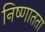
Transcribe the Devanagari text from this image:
निष्णातता